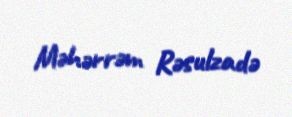
Məhərrəm Rəsulzadə